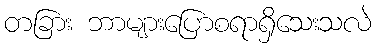
တခြား ဘာများပြောစရာရှိသေးသလဲ